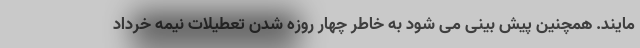
مایند. همچنین پیش بینی می شود به خاطر چهار روزه شدن تعطیلات نیمه خرداد